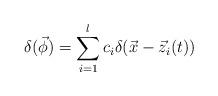
LaTeX: \begin{align*}\delta (\vec \phi )=\sum_{i=1}^lc_i\delta (\vec x-\vec z_i(t))\end{align*}